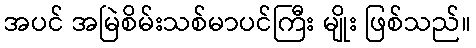
အပင် အမြဲစိမ်းသစ်မာပင်ကြီး မျိုး ဖြစ်သည်။